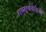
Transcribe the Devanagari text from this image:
शब्दार्थवेत्ताओं